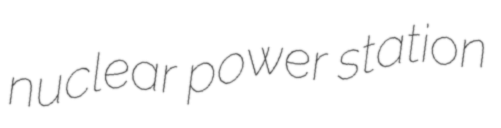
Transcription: nuclear power station